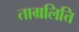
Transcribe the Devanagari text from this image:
ताम्रलित्ति